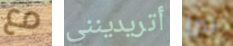
مع أتريدينني بيرز